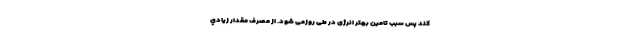
کند پس سبب تامین بهتر انرژی در طی روزمی شود. از مصرف مقدار زيادي